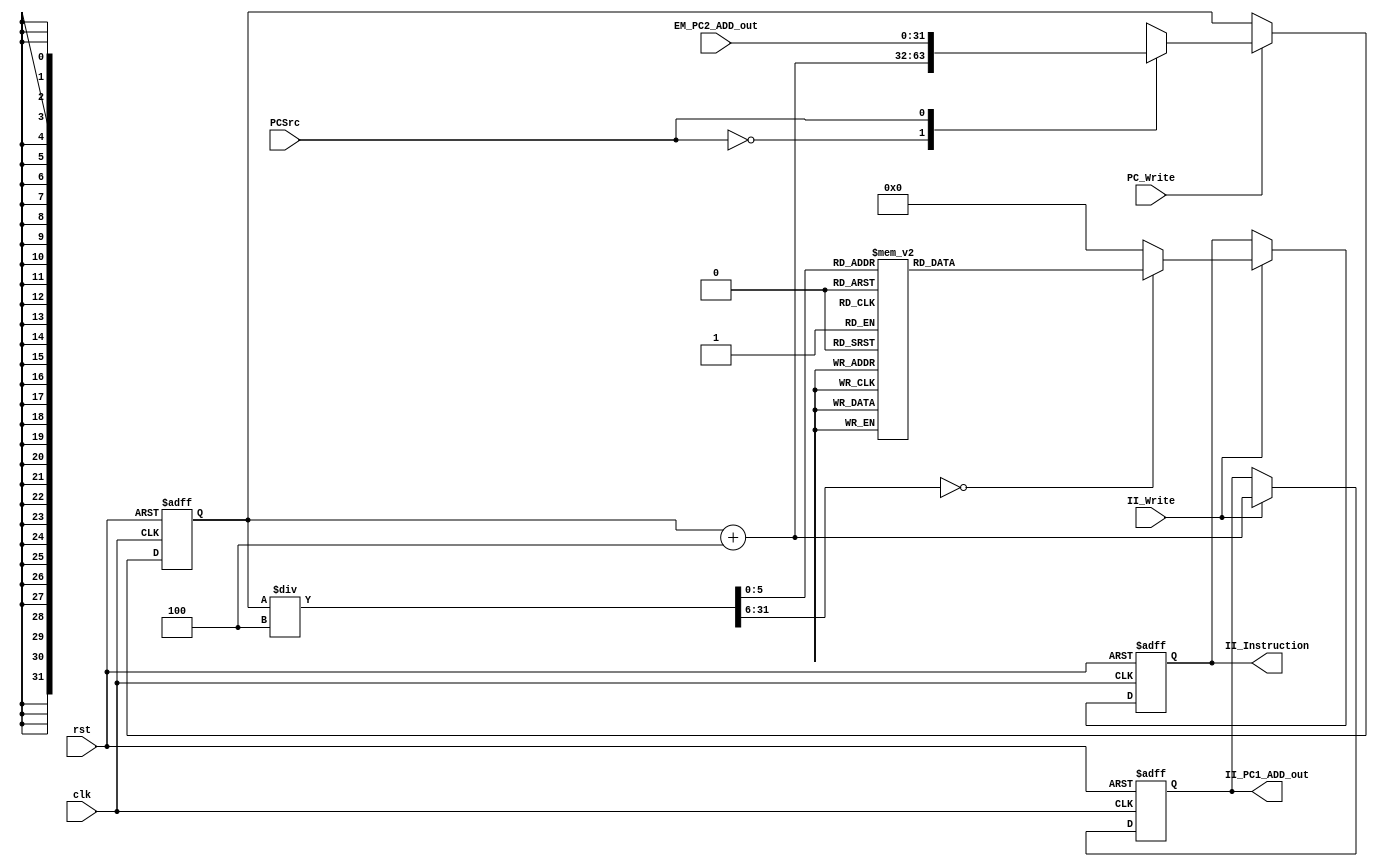
`timescale 1ns / 1ps
//////////////////////////////////////////////////////////////////////////////////
// Company: 
// Engineer: 
// Design Name: 
// Module Name:    InstrFet 
// Project Name: 
// Target Devices: 
// Tool versions: 
// Description: 
// Dependencies: 
// Revision: 
// Revision 0.01 - File Created
// Additional Comments: 
//////////////////////////////////////////////////////////////////////////////////
module InstrFet(
clk,
rst,
PCSrc,
EM_PC2_ADD_out,
II_PC1_ADD_out,
II_Instruction,
PC_Write,
II_Write
);

input clk;
input rst;
input PCSrc;
input [31:0]EM_PC2_ADD_out;
input PC_Write;
input II_Write;

output reg [31:0]II_PC1_ADD_out;
output reg [31:0]II_Instruction;

reg [31:0]PC_out;
reg [31:0]PC_in;
reg [31:0]Insaddr;

/*******************************************************Sequentialq****************************************************************/
always@(posedge clk or posedge rst)
begin 
   if(rst) begin
	   PC_out<=32'b0;
		II_Instruction<=32'b0;
      II_PC1_ADD_out<=32'b0;
	end
	else begin
	   if(PC_Write)
		   PC_out<=PC_in;
		else
		   PC_out<=PC_out;
			
		if(II_Write)begin
         II_Instruction<=Insaddr;
			II_PC1_ADD_out<=PC_out+32'd4;
		end
		else begin
		   II_Instruction<=II_Instruction;
		   II_PC1_ADD_out<=II_PC1_ADD_out;
	   end
	end
end



/*******************************************************Combiantionalq****************************************************************/
always@(PCSrc or PC_out or EM_PC2_ADD_out)
begin 
   case(PCSrc)
	   1'b0:PC_in=PC_out+32'd4;
		1'b1:PC_in=EM_PC2_ADD_out;
	endcase
end



/********************************************************FinalO****************************************************************************/

always@(*)
begin
   case(PC_out/4)
	   32'd0:Insaddr=32'b000000_00000_00000_10010_00000_100000;//add $s2 , $zero , $zero 
      32'd1:Insaddr=32'b000000_00000_00000_01000_00000_100000;//add $t0 , $zero , $zero  
      32'd2:Insaddr=32'b100011_10000_10011_0000000000000000;//LOOP:lw $s3 , 0($s0)
		32'd3:Insaddr=32'b000000_00000_00000_00000_00000_000000;
      32'd4:Insaddr=32'b000000_00000_00000_00000_00000_000000;
		32'd5:Insaddr=32'b000000_10010_10011_10010_00000_100000;//add $s2 , $s2 , $s3 
		32'd6:Insaddr=32'b000000_10010_01000_10011_00000_100010;//sub $s3 , $s2 , $t0  
		32'd7:Insaddr=32'b001000_01000_01000_0000000000000001;//addi $t0 , $t0 , 1  
		32'd8:Insaddr=32'b001000_10000_10000_0000000000000100;//addi $s0 , $s0 , 4 
		32'd9:Insaddr=32'b101011_10001_10011_00000_00000_000000;//sw $s3 , 0($s1)   
		32'd10:Insaddr=32'b001000_10001_10001_0000000000000100;//addi $s1 , $s1 , 4  
		32'd11:Insaddr=32'b001000_00000_10011_0000000000001010;//addi $s3 , $zero , 10
		32'd12:Insaddr=32'b000101_01000_10011_1111_1111_1111_0101;//bne $t0 , $s3 , Loop  
		
/********************************************************O****************************************************************************/	
		32'd16:Insaddr=32'b100011_10100_01011_00000_00000_000000;//lw  $t3 , 0($s4) q[0]
		32'd19:Insaddr=32'b100011_10100_01011_00000_00000_000100;//lw  $t3 , 4($s4) q[1]
		32'd22:Insaddr=32'b100011_10100_01011_00000_00000_001000;//lw  $t3 , 8($s4) q[2]
		32'd25:Insaddr=32'b100011_10100_01011_00000_00000_001100;//lw  $t3 , 12($s4) q[3]
		32'd28:Insaddr=32'b100011_10100_01011_00000_00000_010000;//lw  $t3 , 16($s4) q[4]
		32'd31:Insaddr=32'b100011_10100_01011_00000_00000_010100;//lw  $t3 , 20($s4) q[5]
		32'd34:Insaddr=32'b100011_10100_01011_00000_00000_011000;//lw  $t3 , 24($s4) q[6]
		32'd37:Insaddr=32'b100011_10100_01011_00000_00000_011100;//lw  $t3 , 28($s4) q[7]
		32'd40:Insaddr=32'b100011_10100_01011_00000_00000_100000;//lw  $t3 , 32($s4) q[8]
		32'd43:Insaddr=32'b100011_10100_01011_00000_00000_100100;//lw  $t3 , 36($s4) q[9]
		
      default:Insaddr=32'b000000_00000_00000_00000_00000_000000;
	endcase
end


endmodule